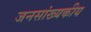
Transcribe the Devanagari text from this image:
जनसांख्यकीय